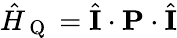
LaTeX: \hat{H}_{\mathrm{~Q~}}=\hat{\mathbf{I}}\cdot\mathbf{P}\cdot\hat{\mathbf{I}}